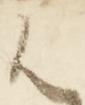
御